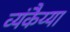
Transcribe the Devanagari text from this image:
व्यंकैय्या